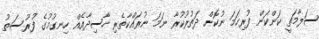
ސަލާމަތީ ކަންކަން ފުރިހަމަ ނުކޮށް ދަތުރުކުރާ ނަމަ ނުރައްކާތެރި ހާސިދާއެއް ހިނގުމުގެ ފުރުސަތު